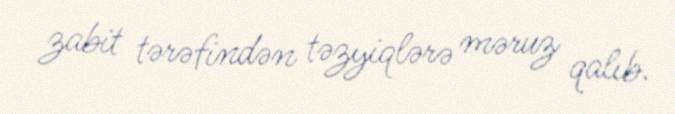
zabit tərəfindən təzyiqlərə məruz qalıb.